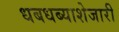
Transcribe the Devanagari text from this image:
धबधब्याशेजारी